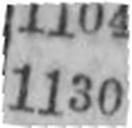
1130